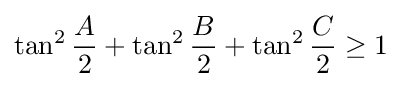
\tan ^{2}{\frac {A}{2}}+\tan ^{2}{\frac {B}{2}}+\tan ^{2}{\frac {C}{2}}\geq 1